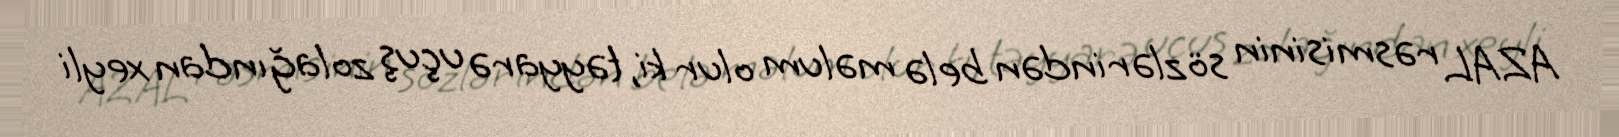
AZAL rəsmisinin sözlərindən belə məlum olur ki, təyyarə uçuş zolağından xeyli